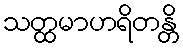
သတ္ထမာဟရိတန္တိ